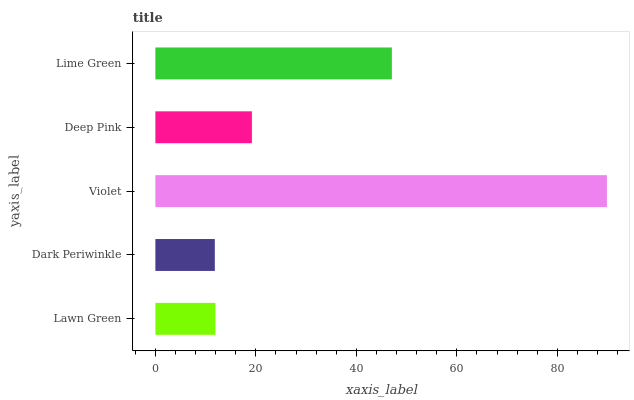
| yaxis_label | bars |
 | --- | --- |
 | Lawn Green | 11.9 |
 | Dark Periwinkle | 11.8 |
 | Violet | 89.9 |
 | Deep Pink | 19.2 |
 | Lime Green | 47.1 |